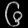
Digit: ၆